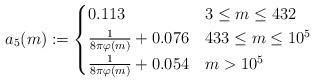
LaTeX: \begin{align*} a_5(m):= \begin{cases} 0.113 & 3\leq m\leq 432 \\ \frac{1}{8\pi\varphi(m)}+0.076 & 433\leq m\leq 10^5 \\ \frac{1}{8\pi\varphi(m)}+0.054 & m > 10^5 \end{cases}\end{align*}